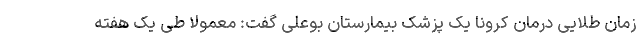
زمان طلایی درمان کرونا یک پزشک بیمارستان بوعلی گفت: معمولا طی یک هفته